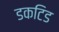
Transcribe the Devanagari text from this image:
डकटिड